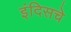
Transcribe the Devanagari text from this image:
इंदिसचे